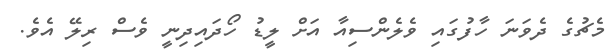
މެޗުގެ ދެވަނަ ހާފުގައި ވެލެންސިއާ އަށް ލީޑު ހޯދައިދިނީ ވެސް ރިލޭ އެވެ.